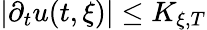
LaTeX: |\partial_{t}u(t,\xi)|\leq K_{\xi,T}